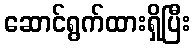
ဆောင်ရွက်ထားရှိပြီး